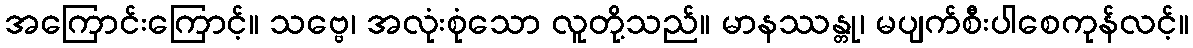
အကြောင်းကြောင့်။ သဗ္ဗေ၊ အလုံးစုံသော လူတို့သည်။ မာနဿန္တု၊ မပျက်စီးပါစေကုန်လင့်။